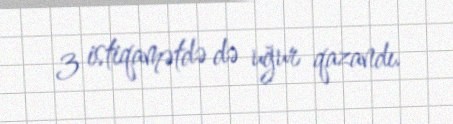
3 istiqamətdə də uğur qazandı.